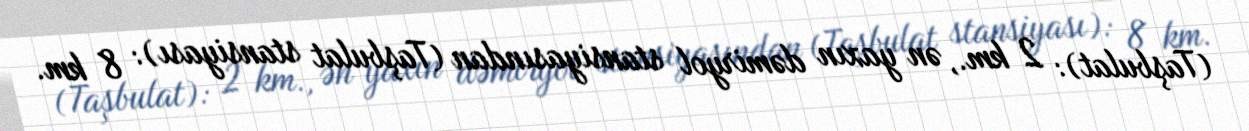
(Taşbulat): 2 km., ən yaxın dəmiryol stansiyasından (Taşbulat stansiyası): 8 km.